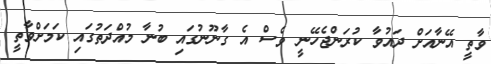
ވާތީ އޭނާއަށް ދައުވާ ކުރަންޖެހޭނީ ވެސް އެ ގާނޫނުގައި ބުނާ މުއްދަތުގައި ކަމަށްވާތީ